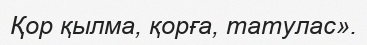
Қор қылма, қорға, татулас».